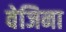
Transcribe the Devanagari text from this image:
वेजिना